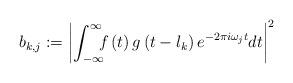
LaTeX: \begin{align*}b_{k,j}:=\left|\int_{-\infty}^{\infty}\!\!\!f\left(t\right)g\left(t-l_{k}\right)e^{-2\pi i\omega_{j}t}dt\right|^{2}\end{align*}